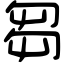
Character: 芻